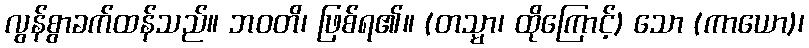
လွန်စွာခက်ထန်သည်။ ဘဝတိ၊ ဖြစ်ရ၏။ (တသ္မာ၊ ထိုကြောင့်) သော (ကာယော)၊